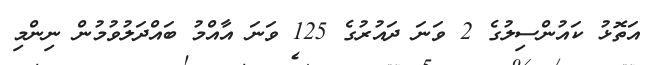
އަތޮޅު ކައުންސިލުގެ 2 ވަނަ ދައުރުގެ 125 ވަނަ އާއްމު ބައްދަލުވުމުން ނިންމި